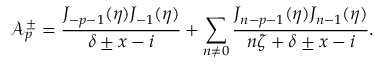
\mathcal { A } _ { p } ^ { \pm } = \frac { J _ { - p - 1 } ( \eta ) J _ { - 1 } ( \eta ) } { \delta \pm x - i } + \sum _ { n \neq 0 } \frac { J _ { n - p - 1 } ( \eta ) J _ { n - 1 } ( \eta ) } { n \zeta + \delta \pm x - i } .